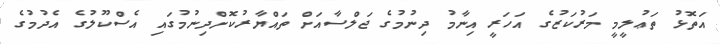
އަތޮޅު ތަޢުލީމީ މަރުކަޒުގެ އަހަރީ އިނާމު ދިނުމުގެ ޖަލްސާއަށް ތައްޔާރުކޮށްދިނުމުގައި އެސްކޫލުގެ އެދުމުގެ